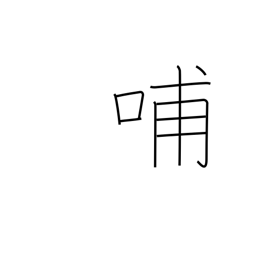
Meaning: nurse